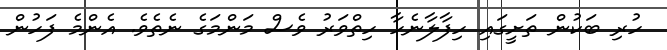
ހުރި ބަކުން ތަށީގައި ހިފާލާނެހާ ހިތްވަރު ވެސް މަންމަގެ ނެތެވެ. އެންމެ ފަހުން